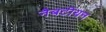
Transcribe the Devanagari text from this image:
नैबटीयन